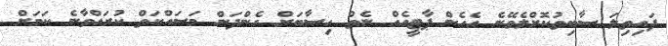
ފައިތިލަ ސާބިތުކޮށްލެވޭނެ އެހެން ޕާޓީއެއް ނެތް ހިސާބަށް ގެންދަން މަސައްކަތް ކުރައްވާނެ ކަމަށް